Report of the veterinary officer investigating camel disease
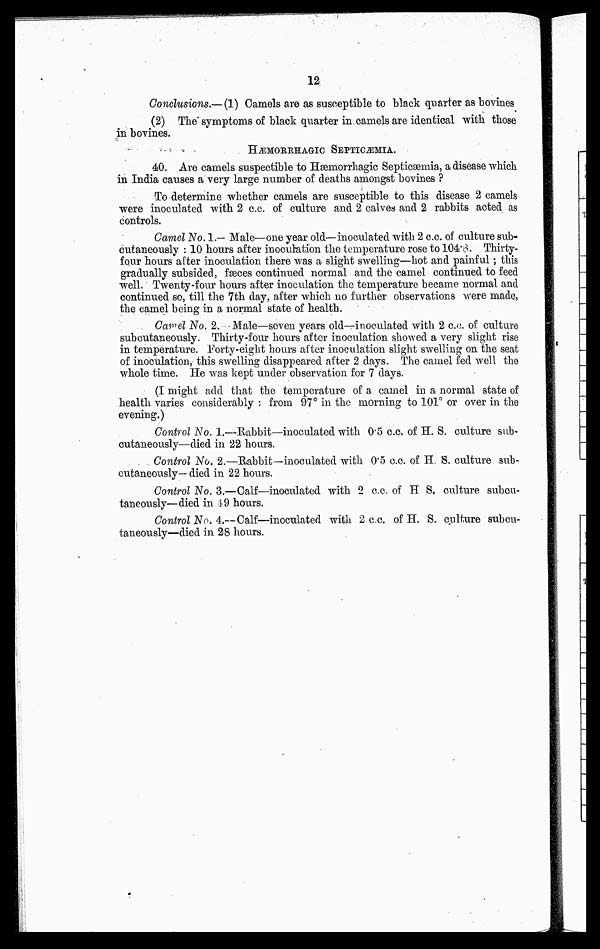
12
Conclusions.— (1) Camels are as susceptible to black quarter as bovines
(2) The symptoms of black quarter in camels are identical with those
in bovines.
HÆMORRHAGIC SEPTICÆMIA.
40.. Are camels suspectible to Hæmorrhagic Septicaemia, a disease which
in India causes a very large number of deaths amongst bovines ?
To determine whether camels are susceptible to this disease 2 camels
were inoculated with 2 c.c. of culture and 2 calves and 2 rabbits acted as
controls.
Camel No. 1.— Male—one year old—inoculated with 2 c.c. of culture sub-
cutaneously : 10 hours after inoculation the temperature rose to 104.8. Thirty-
four hours after inoculation there was a slight swelling—hot and painful ; this
gradually subsided, faeces continued normal and the camel continued to feed
well. Twenty-four hours after inoculation the temperature became normal and
continued so, till the 7th day, after which no further observations were made,
the camel being in a normal state of health.
Camel No. 2. Male—seven years old—inoculated with 2 c.c. of culture
subcutaneously. Thirty-four hours after inoculation showed a very slight rise
in temperature. Forty-eight hours after inoculation slight swelling on the seat
of inoculation, this swelling disappeared after 2 days. The camel fed well the
whole time. He was kept under observation for 7 days.
(I might add that the temperature of a camel in a normal state of
health varies considerably : from 97° in the morning to 101° or over in the
evening.)
Control No. 1.—Rabbit—inoculated with 0.5 c.c. of H. S. culture sub-
cutaneously—died in 22 hours.
Control No. 2.—Rabbit—inoculated with 0.5 c.c. of H. S. culture sub-
cutaneously—died in 22 hours.
Control No. 3.—Calf—inoculated with 2 c.c. of H. S. culture subcu-
taneously—died in 49 hours.
Control No. 4.—Calf—inoculated with 2 c.c. of H. S. culture subcu-
taneously—died in 28 hours.